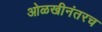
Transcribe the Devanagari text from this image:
ओळखीनंतरच